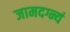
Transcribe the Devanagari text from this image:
जामदग्न्यं